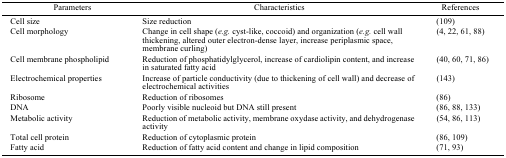
<table><thead><tr><td><b>Parameters</b></td><td><b>Characteristics</b></td><td><b>References</b></td></tr></thead><tbody><tr><td>Cell size</td><td>Size reduction</td><td>(109)</td></tr><tr><td>Cell morphology</td><td>Change in cell shape (<i>e.g.</i> cyst-like, coccoid) and organization (<i>e.g.</i> cell wall thickening, altered outer electron-dense layer, increase periplasmic space, membrane curling)</td><td>(4, 22, 61, 88)</td></tr><tr><td>Cell membrane phospholipid</td><td>Reduction of phosphatidylglycerol, increase of cardiolipin content, and increase in saturated fatty acid</td><td>(40, 60, 71, 86)</td></tr><tr><td>Electrochemical properties</td><td>Increase of particle conductivity (due to thickening of cell wall) and decrease of electrochemical activities</td><td>(143)</td></tr><tr><td>Ribosome</td><td>Reduction of ribosomes</td><td>(86)</td></tr><tr><td>DNA</td><td>Poorly visible nucleoid but DNA still present</td><td>(86, 88, 133)</td></tr><tr><td>Metabolic activity</td><td>Reduction of metabolic activity, membrane oxydase activity, and dehydrogenase activity</td><td>(54, 86, 113)</td></tr><tr><td>Total cell protein</td><td>Reduction of cytoplasmic protein</td><td>(86, 109)</td></tr><tr><td>Fatty acid</td><td>Reduction of fatty acid content and change in lipid composition</td><td>(71, 93)</td></tr></tbody></table>